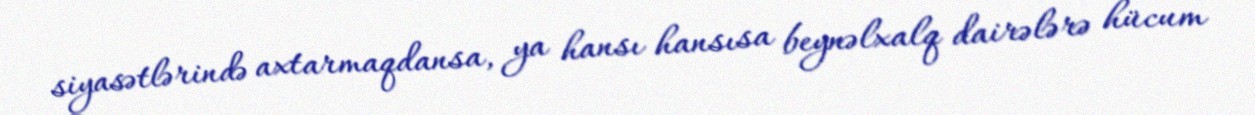
siyasətlərində axtarmaqdansa, ya hansı hansısa beynəlxalq dairələrə hücum